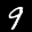
Label: 9